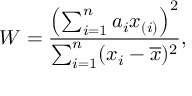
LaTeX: W = { \frac { \left( \sum _ { i = 1 } ^ { n } a _ { i } x _ { ( i ) } \right) ^ { 2 } } { \sum _ { i = 1 } ^ { n } ( x _ { i } - { \overline { { x } } } ) ^ { 2 } } } ,